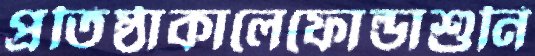
প্রতিষ্ঠাকালেফোল্ডাশুনি